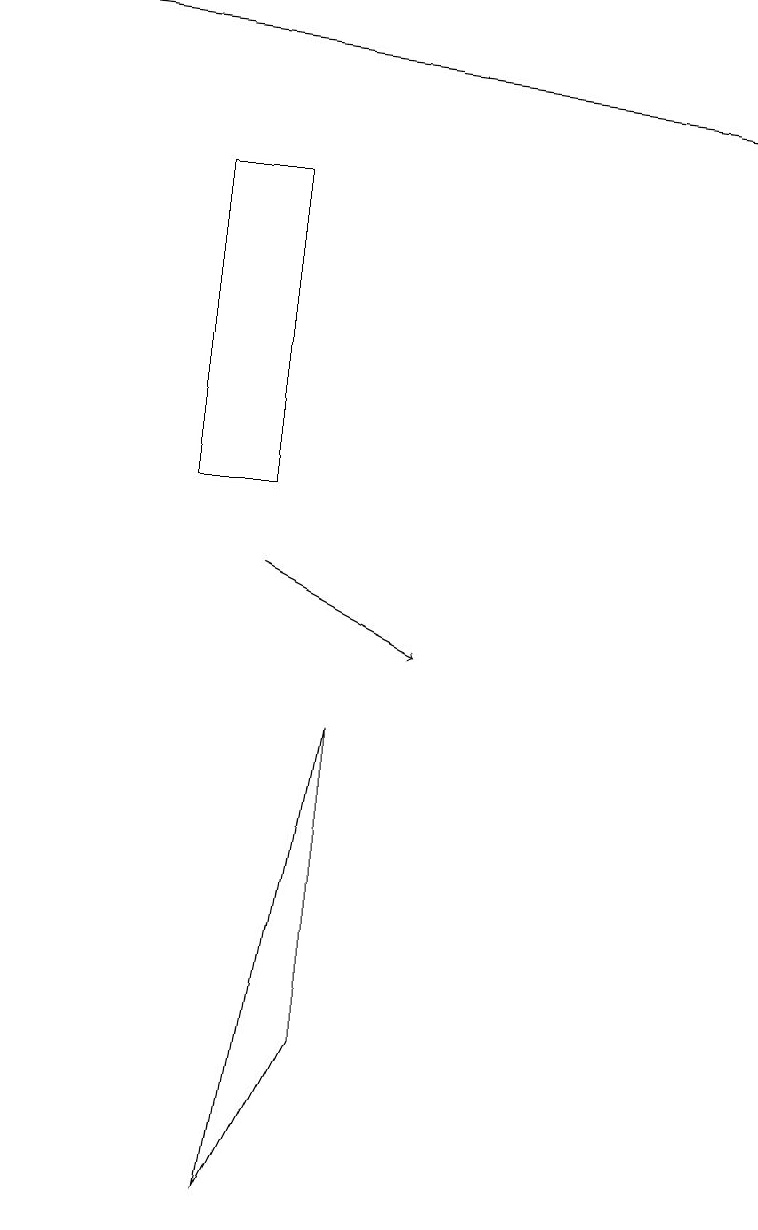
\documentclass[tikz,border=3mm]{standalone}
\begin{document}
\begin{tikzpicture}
\draw[->] (3,11) -- (5,10);
\draw (2,12) rectangle (3,16);
\draw (3,3) -- (4,5) -- (4,9) -- cycle;
\draw[->] (0,18) -- (9,17);
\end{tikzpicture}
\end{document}